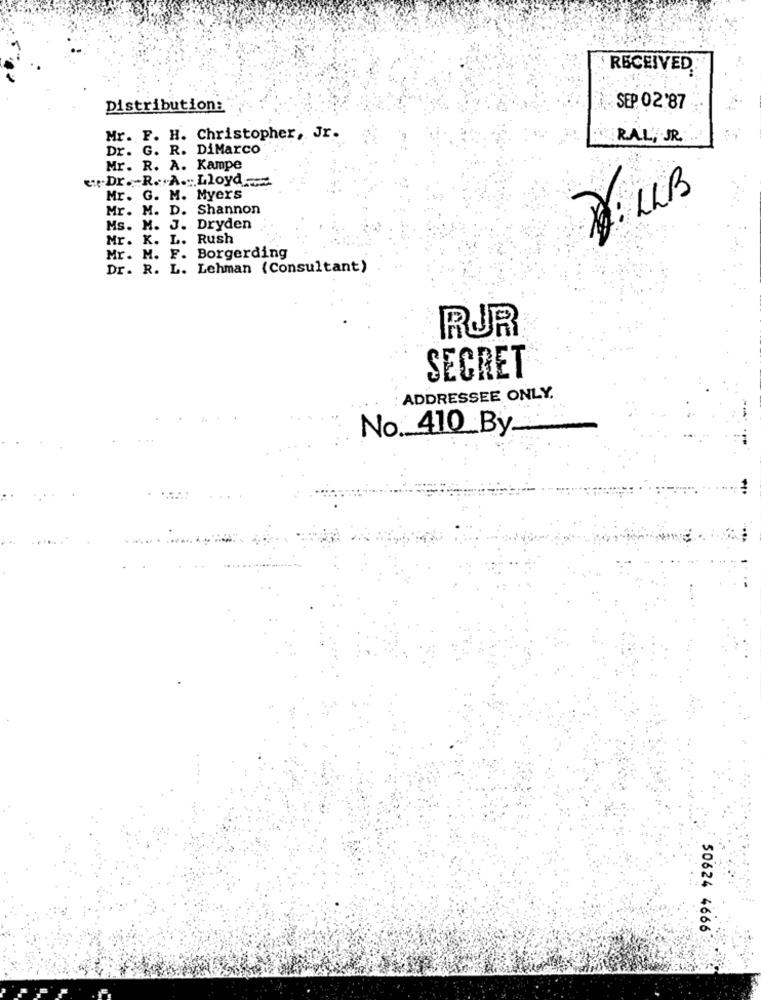
RECEIVED.
Distribution:
SEP. 02'87
Mr. F. H. Christopher, Jr.
R.AL', JR.
Dr. G. R. DiMarco
Mr. R. A. Kampe
ete.Dr. R. A .. Lloyd
Mr. G. M. Myers
2) LUB
Mr. M. D. Shannon
Ms. M. J. Dryden
Mr. K. L. Rush
Mr. M. F. Borgerding
Dr. R. L. Lehman (Consultant)
RUR
SECRET
ADDRESSEE ONLY.
No. 410 By
50624 4666